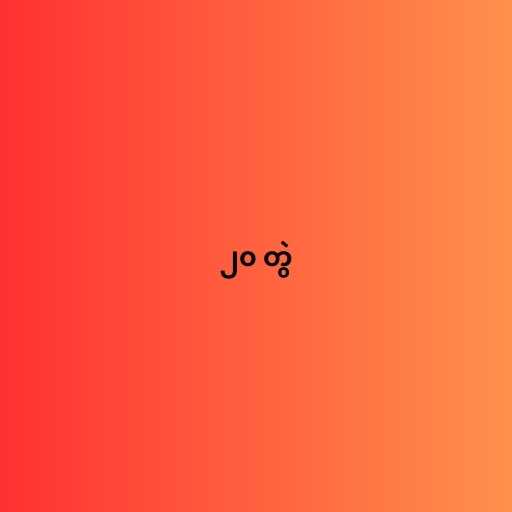
၂၀ တွဲ